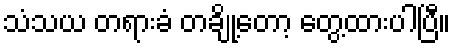
သံသယ တရားခံ တချို့တော့ တွေ့ထားပါပြီ။